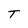
Character: T